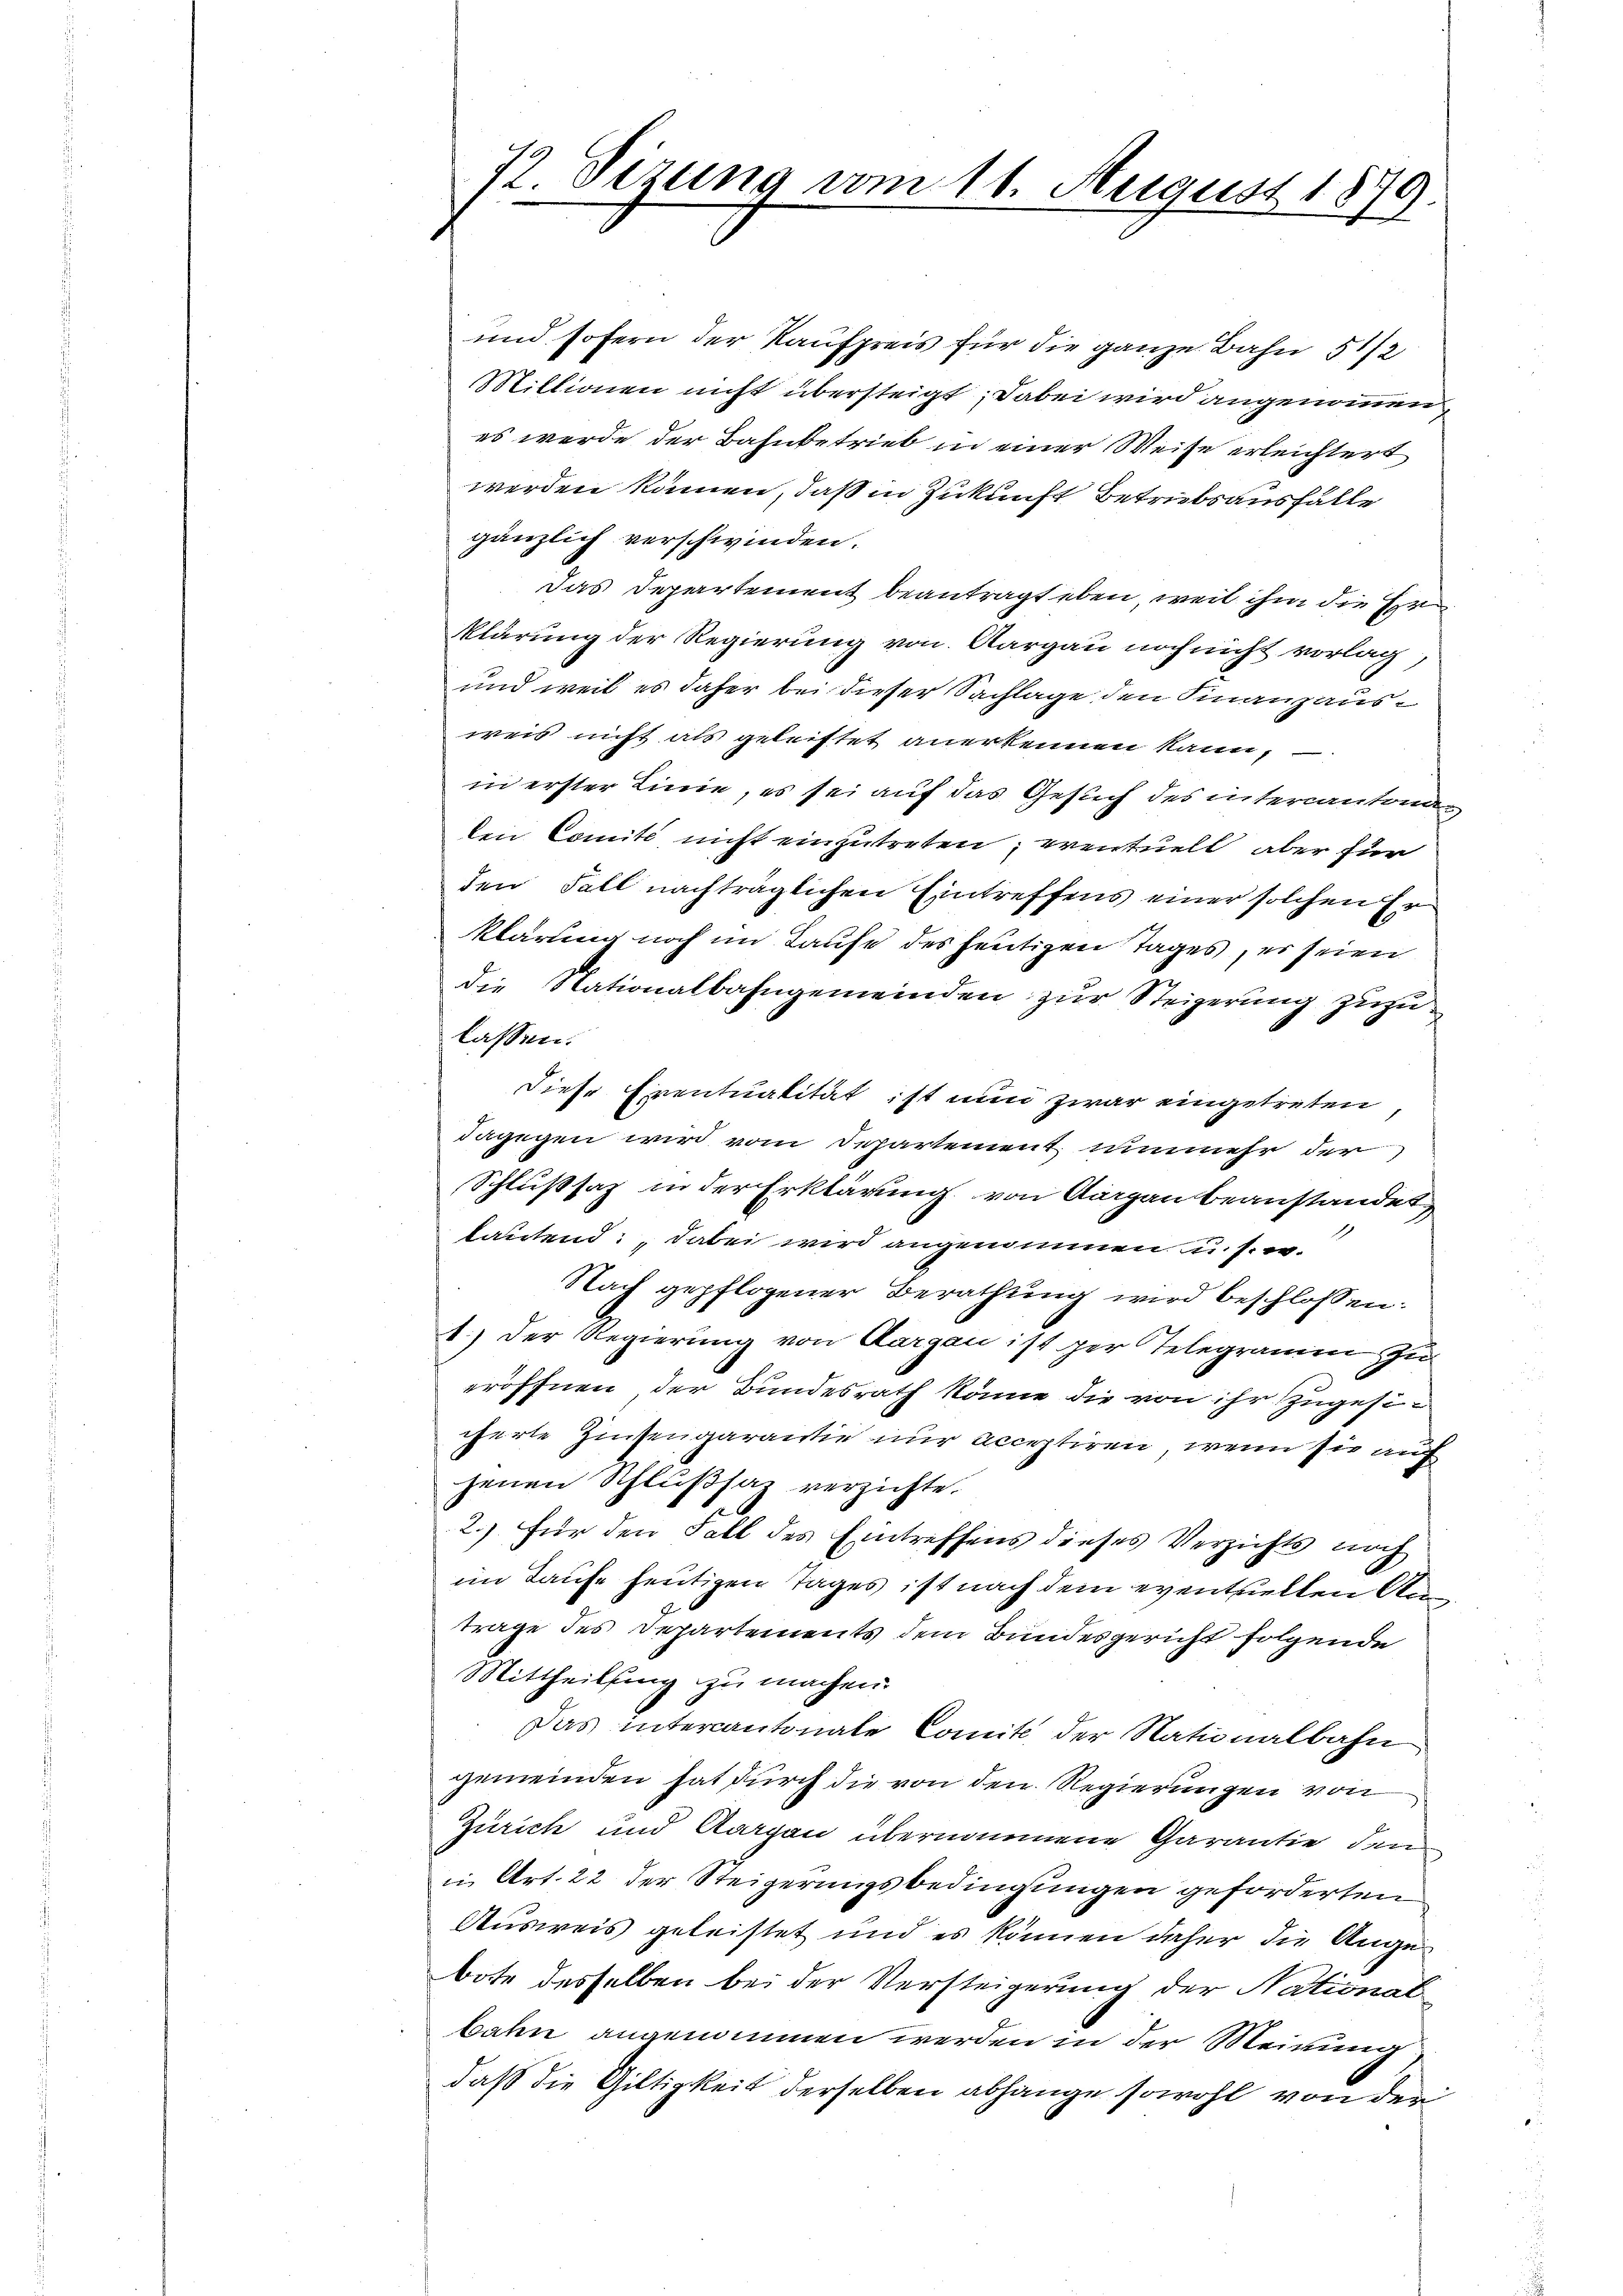
72 Sizung vom 11. August 1879.

und sofern der Kaufpreis für die ganze Bahn 5 1/2
Millionen nicht übersteigt; dabei wird angenommen,
es werde der Bahnbetrieb in einer Weise erleichtert
werden können, daß in Zukunft Betrübsausfälle
gänzlich verschwinden.
Das Departement beantragt eben, weil ihm die Err
klärung der Regierung von Aargau noch nicht vorlag
und weil es daher bei dieser Sachlage den Finanzausweis nicht als geleistet anerkennen kann,
in erster Linie, es sei auf das Gesuch des intercantona
den Comité nicht einzutreten, eventuell aber für
den Fall nachträglichen Eintreffens einer solchen Erklärung noch im Laufe des heutigen Tages, es seien
die Nationalbahngemeinden zur Steigerung zuzulassen.
diese Eventualität ist nun zwar eingetreten
dagegen wird vom Departement nunmehr der
Schlußsaz in der Erklärung von Aargau beanstandet
lautend: dabei wird angenommen u. s. w.
Nach gepflogener Berathung wird beschlossen:
1.) Der Regierung von Aargau ist per Telegramm zu
eröffnen, der Bundesrath könne die von ihr zugesicherte Zinsengarantie nur acceptiren, wenn sie auf
jenen Schlußsaz verzichte.
2.) für den Fall des Eintreffens dieses Verzichts noch
im Laufe heutigen Tages ist nach dem eventuellen Ann
trage des Departements dem Bundesgericht folgende
Mittheilung zu machen.
Das intercantonale Comit der Nationalbahn
gemeinden hat durch die von den Regierungen von
Zürich und Aargau übernommene Garantie den
in Art. 22 der Steigerungsbedingungen geforderten
Ausweis geleistet und es können daher die Angebote desselben bei der Versteigerung der National
bahn angenommen werden in der Meinung
daß die Giltigkeit derselben abhänge sowohl von der